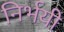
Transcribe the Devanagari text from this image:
निर्भयी